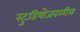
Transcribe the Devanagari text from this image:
स्टुडियोजवळील